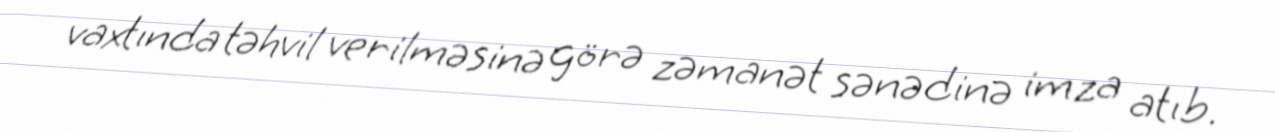
vaxtında təhvil verilməsinə görə zəmanət sənədinə imza atıb.